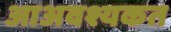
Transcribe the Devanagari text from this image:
आअवश्यकत